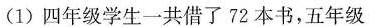
(1)四年级学生一共借了72本书，五年级